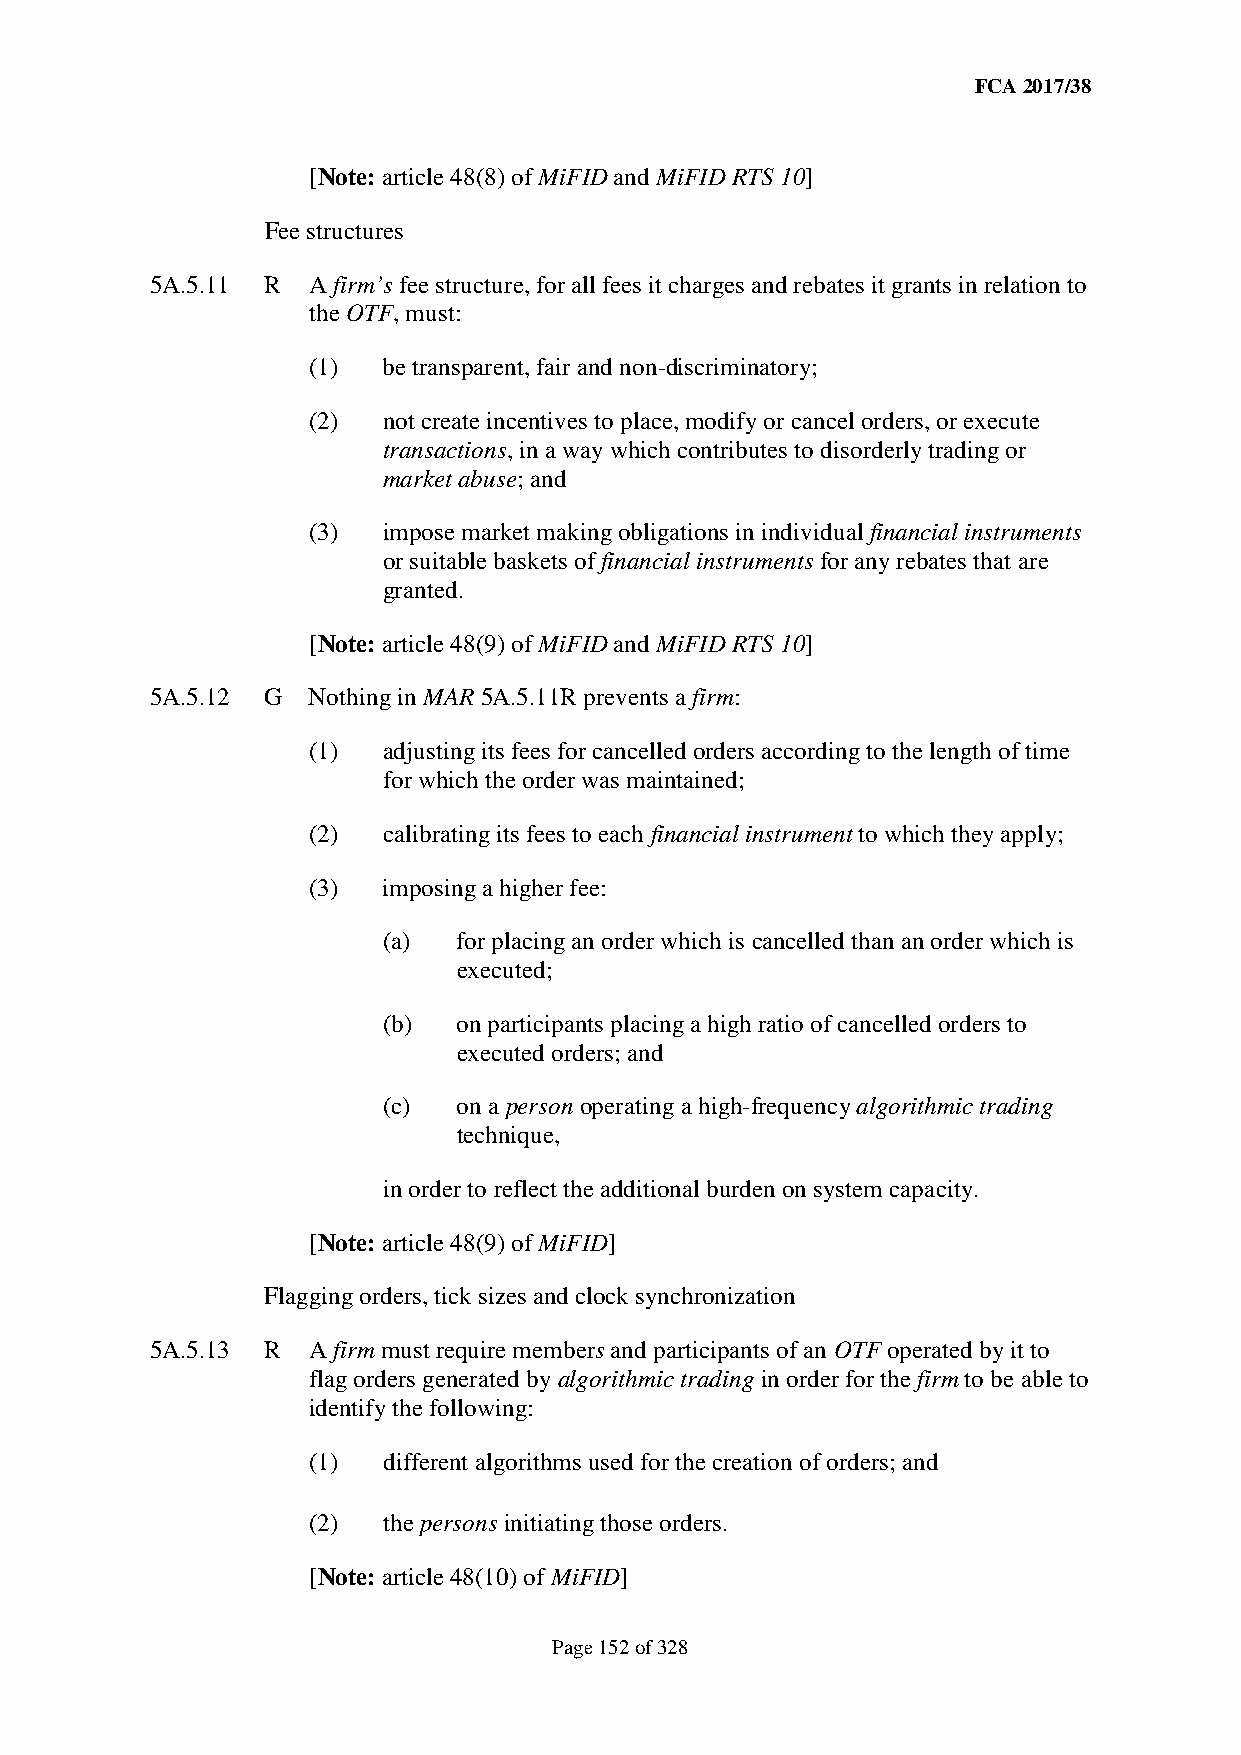
FCA 2017/38
 [Note: article 48(8) of MiFID and MiFID RTS 10]
 Fee structures
 5A.5.11 R A firm’s fee structure, for all fees it charges and rebates it grants in relation to
 the OTF, must:
 (1)  be transparent, fair and non-discriminatory;
 (2)  not create incentives to place, modify or cancel orders, or execute
 transactions, in a way which contributes to disorderly trading or
 market abuse; and
 (3)  impose market making obligations in individual financial instruments
 or suitable baskets of financial instruments for any rebates that are
 granted.
 [Note: article 48(9) of MiFID and MiFID RTS 10]
 5A.5.12 G Nothing in MAR 5A.5.11R prevents a firm:
 (1)  adjusting its fees for cancelled orders according to the length of time
 for which the order was maintained;
 (2)  calibrating its fees to each financial instrument to which they apply;
 (3)  imposing a higher fee:
 (a)  for placing an order which is cancelled than an order which is
 executed;
 (b)  on participants placing a high ratio of cancelled orders to
 executed orders; and
 (c)  on a person operating a high-frequency algorithmic trading
 technique,
 in order to reflect the additional burden on system capacity.
 [Note: article 48(9) of MiFID]
 Flagging orders, tick sizes and clock synchronization
 5A.5.13 R A firm must require members and participants of an OTF operated by it to
 flag orders generated by algorithmic trading in order for the firm to be able to
 identify the following:
 (1)  different algorithms used for the creation of orders; and
 (2)  the persons initiating those orders.
 [Note: article 48(10) of MiFID]
 Page 152 of 328